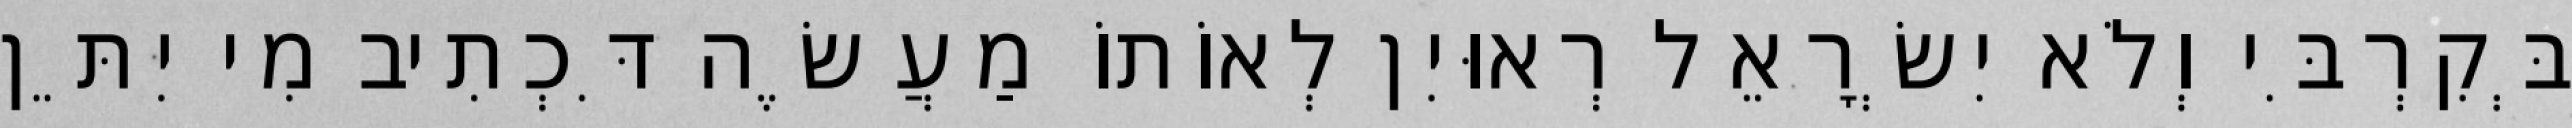
בְּקִרְבִּי וְלֹא יִשְׂרָאֵל רְאוּיִן לְאוֹתוֹ מַעֲשֶׂה דִּכְתִיב מִי יִתֵּן